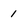
Character: 1